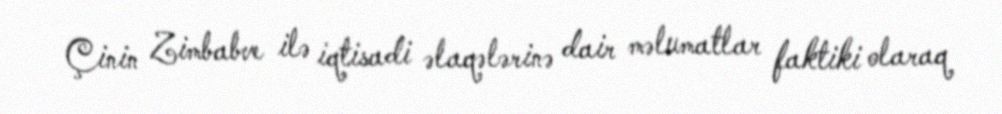
Çinin Zimbabve ilə iqtisadi əlaqələrinə dair məlumatlar faktiki olaraq